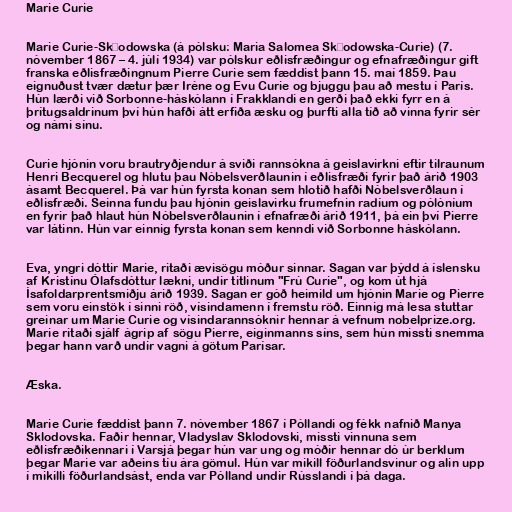
Marie Curie

Marie Curie-Skłodowska (á pólsku: Maria Salomea Skłodowska-Curie) (7.
nóvember 1867 – 4. júlí 1934) var pólskur eðlisfræðingur og efnafræðingur gift
franska eðlisfræðingnum Pierre Curie sem fæddist þann 15. maí 1859. Þau
eignuðust tvær dætur þær Iréne og Evu Curie og bjuggu þau að mestu í París.
Hún lærði við Sorbonne-háskólann í Frakklandi en gerði það ekki fyrr en á
þrítugsaldrinum því hún hafði átt erfiða æsku og þurfti alla tíð að vinna fyrir sér
og námi sínu.

Curie hjónin voru brautryðjendur á sviði rannsókna á geislavirkni eftir tilraunum
Henri Becquerel og hlutu þau Nóbelsverðlaunin í eðlisfræði fyrir það árið 1903
ásamt Becquerel. Þá var hún fyrsta konan sem hlotið hafði Nóbelsverðlaun í
eðlisfræði. Seinna fundu þau hjónin geislavirku frumefnin radíum og pólóníum
en fyrir það hlaut hún Nóbelsverðlaunin í efnafræði árið 1911, þá ein því Pierre
var látinn. Hún var einnig fyrsta konan sem kenndi við Sorbonne háskólann.

Eva, yngri dóttir Marie, ritaði ævisögu móður sinnar. Sagan var þýdd á íslensku
af Kristínu Ólafsdóttur lækni, undir titlinum "Frú Curie", og kom út hjá
Ísafoldarprentsmiðju árið 1939. Sagan er góð heimild um hjónin Marie og Pierre
sem voru einstök í sinni röð, vísindamenn í fremstu röð. Einnig má lesa stuttar
greinar um Marie Curie og vísindarannsóknir hennar á vefnum nobelprize.org.
Marie ritaði sjálf ágrip af sögu Pierre, eiginmanns síns, sem hún missti snemma
þegar hann varð undir vagni á götum Parísar.

Æska.

Marie Curie fæddist þann 7. nóvember 1867 í Póllandi og fékk nafnið Manya
Sklodovska. Faðir hennar, Vladyslav Sklodovski, missti vinnuna sem
eðlisfræðikennari í Varsjá þegar hún var ung og móðir hennar dó úr berklum
þegar Marie var aðeins tíu ára gömul. Hún var mikill föðurlandsvinur og alin upp
í mikilli föðurlandsást, enda var Pólland undir Rússlandi í þá daga.